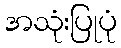
အသုံးပြုပုံ